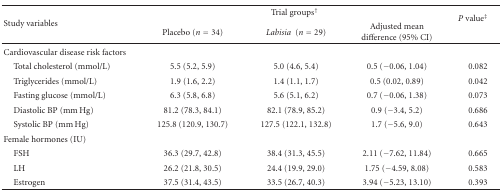
<table><thead><tr><td rowspan="2"><b>Study variables</b></td><td colspan="3"><b>Trial groups<sup>†</sup></b></td><td rowspan="2"><b><i>P</i> value<sup>‡</sup></b></td></tr><tr><td><b>Placebo (<i>n</i> = 34)</b></td><td><b><i>Labisia </i> (<i>n</i> = 29)</b></td><td><b>Adjusted mean difference (95% CI)</b></td></tr></thead><tbody><tr><td>Cardiovascular disease risk factors</td><td></td><td></td><td></td><td></td></tr><tr><td> Total cholesterol (mmol/L)</td><td>5.5 (5.2, 5.9)</td><td>5.0 (4.6, 5.4)</td><td>0.5 (−0.06, 1.04)</td><td>0.082</td></tr><tr><td> Triglycerides (mmol/L)</td><td>1.9 (1.6, 2.2)</td><td>1.4 (1.1, 1.7)</td><td>0.5 (0.02, 0.89)</td><td>0.042</td></tr><tr><td> Fasting glucose (mmol/L)</td><td>6.3 (5.8, 6.8)</td><td>5.6 (5.1, 6.2)</td><td>0.7 (−0.06, 1.38)</td><td>0.073</td></tr><tr><td> Diastolic BP (mm Hg)</td><td>81.2 (78.3, 84.1)</td><td>82.1 (78.9, 85.2)</td><td>0.9 (−3.4, 5.2)</td><td>0.686</td></tr><tr><td> Systolic BP (mm Hg)</td><td>125.8 (120.9, 130.7)</td><td>127.5 (122.1, 132.8)</td><td>1.7 (−5.6, 9.0)</td><td>0.643</td></tr><tr><td>Female hormones (IU)</td><td></td><td></td><td></td><td></td></tr><tr><td> FSH</td><td>36.3 (29.7, 42.8)</td><td>38.4 (31.3, 45.5)</td><td>2.11 (−7.62, 11.84)</td><td>0.665</td></tr><tr><td> LH</td><td>26.2 (21.8, 30.5)</td><td>24.4 (19.9, 29.0)</td><td>1.75 (−4.59, 8.08)</td><td>0.583</td></tr><tr><td> Estrogen</td><td>37.5 (31.4, 43.5)</td><td>33.5 (26.7, 40.3)</td><td>3.94 (−5.23, 13.10)</td><td>0.393</td></tr></tbody></table>